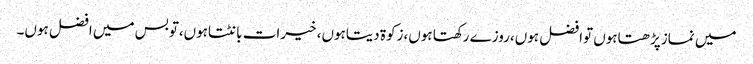
میں نمازپڑھتاہوں توافضل ہوں،روزے رکھتا ہوں،زکوۃ دیتاہوں، خیرات بانٹتاہوں،توبس میں افضل ہوں۔